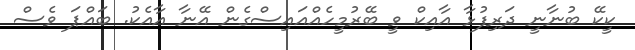
ކީކޭ ބުނާނީ ދަރިފުޅާ އާއިކް ވީ ބޭރުމީހެއްއައިސްގެން އޭނާ އާއެކު. ބައްޕަ ވެސް